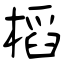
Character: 槄